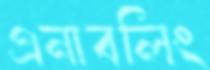
এনাবলিং